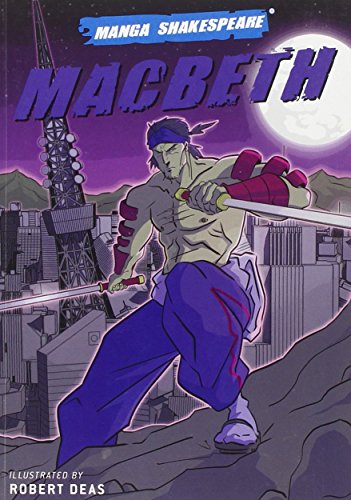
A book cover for Manga Shakespeare: Macbeth; William Shakespeare; Teen & Young Adult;